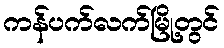
ကန်ပက်လက်မြို့တွင်